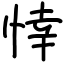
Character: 悻